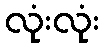
လုံးလုံး